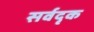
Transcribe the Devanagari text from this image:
सर्वदृक